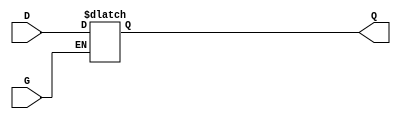
module GatedTransparentLatch (
    input wire D,    // Data Input
    input wire G,    // Gate/Enable Signal
    output reg Q     // Output
);

// Always block to model the behavior of the latch
always @(*) begin
    if (G) begin
        // When G is high, Q follows D
        Q = D;
    end
    // When G is low, Q holds its last value (implicit)
end

endmodule